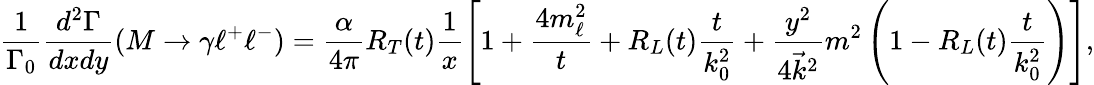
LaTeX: \displaystyle\frac{1}{\Gamma_{0}}\displaystyle\frac{d^{2}\Gamma}{dxdy}(M\to\gamma\ell^{+}\ell^{-})=\displaystyle\frac{\alpha}{4\pi}R_{T}(t)\displaystyle\frac{1}{x}\left[1+\displaystyle\frac{4m_{\ell}^{2}}{t}+R_{L}(t)\displaystyle\frac{t}{k_{0}^{2}}+\displaystyle\frac{y^{2}}{4\vec{k}^{2}}m^{2}\left(1-R_{L}(t)\displaystyle\frac{t}{k_{0}^{2}}\right)\right],